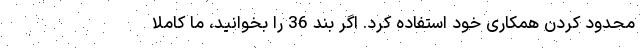
محدود كردن همکاری خود استفاده كرد. اگر بند 36 را بخوانید، ما کاملا